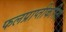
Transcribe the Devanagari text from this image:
फलप्राप्तीकरिता